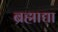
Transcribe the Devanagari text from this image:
ब्रह्माद्या